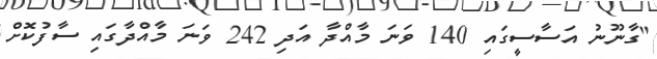
"ގާނޫނު އަސާސީގައި 140 ވަނަ މާއްދާ އަދި 242 ވަނަ މާއްދާގައި ސާފުކޮށް